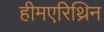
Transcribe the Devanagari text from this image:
हीमएरिथ्रिन